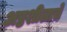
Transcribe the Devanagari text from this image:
अष्ठशीलाचे